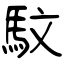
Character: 馼